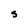
Character: S